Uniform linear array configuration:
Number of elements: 48
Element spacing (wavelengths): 0.5
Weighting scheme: exponential
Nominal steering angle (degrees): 30
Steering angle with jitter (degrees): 30.119
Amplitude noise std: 0.05
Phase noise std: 0.05

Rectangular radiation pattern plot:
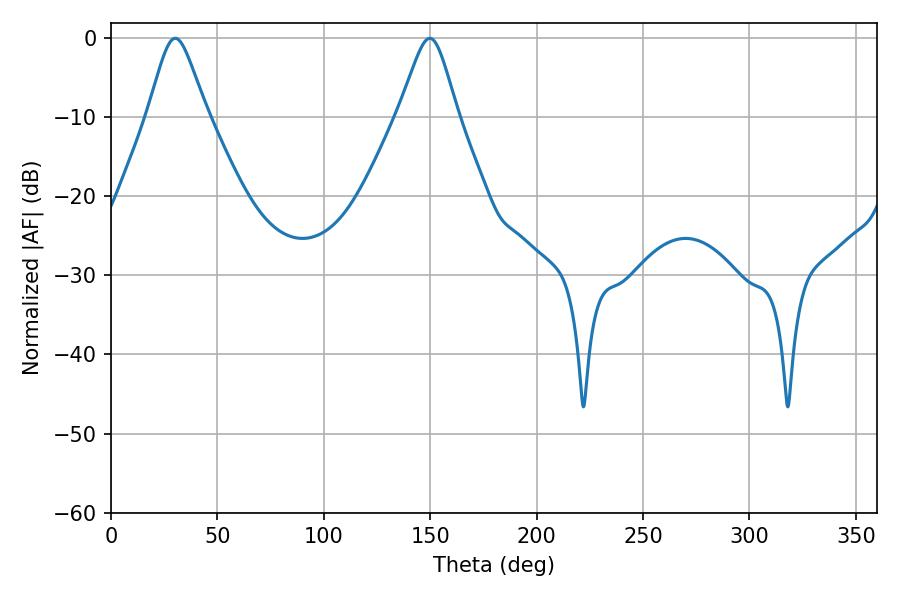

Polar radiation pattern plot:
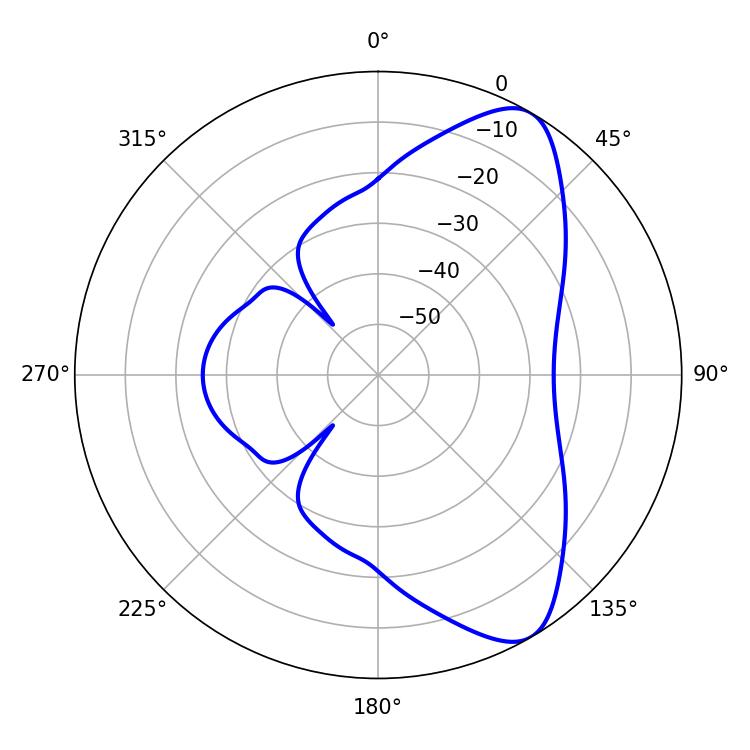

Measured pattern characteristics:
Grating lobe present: FALSE
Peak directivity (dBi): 8.329
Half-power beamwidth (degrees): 13.32
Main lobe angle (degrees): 30.24